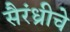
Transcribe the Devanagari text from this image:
सैरंध्रीचे